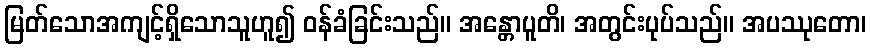
မြတ်သောအကျင့်ရှိသောသူဟူ၍ ဝန်ခံခြင်းသည်။ အန္တောပူတိ၊ အတွင်းပုပ်သည်။ အပဿုတော၊